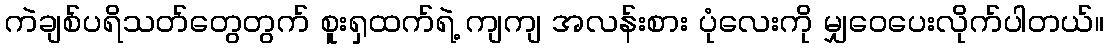
ကဲချစ်ပရိသတ်တွေတွက် စူးရှထက်ရဲ့ ကျကျ အလန်းစား ပုံလေးကို မျှဝေပေးလိုက်ပါတယ်။